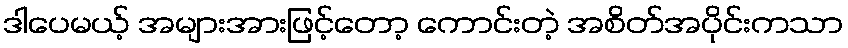
ဒါပေမယ့် အများအားဖြင့်တော့ ကောင်းတဲ့ အစိတ်အပိုင်းကသာ